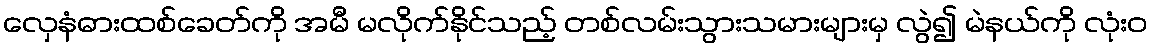
လှေနံဓားထစ်ခေတ်ကို အမီ မလိုက်နိုင်သည့် တစ်လမ်းသွားသမားများမှ လွဲ၍ မဲနယ်ကို လုံးဝ